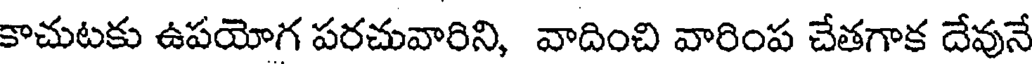
కాచుటకు ఉపయోగ పరచువారిని, వాదించి వారింప చేతగాక దేవునే